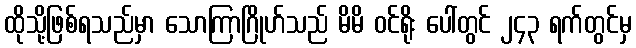
ထိုသို့ဖြစ်ရသည်မှာ သောကြာဂြိုဟ်သည် မိမိ ဝင်ရိုး ပေါ်တွင် ၂၄၃ ရက်တွင်မှ